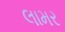
લામર